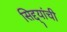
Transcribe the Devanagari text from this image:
सिद्द्यांची